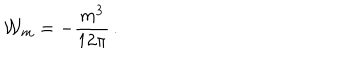
{ \cal W } _ { m } = - \frac { m ^ { 3 } } { 1 2 \pi } \, .